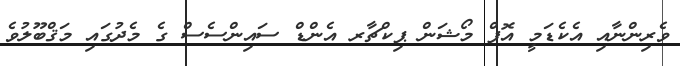
ވެރިންނާއި އެކެޑަމީ އޮފް މޯޝަން ޕިކްޗާރ އެންޑް ސައިންސެސް ގެ މެދުގައި މަޤްބޫލުވެ